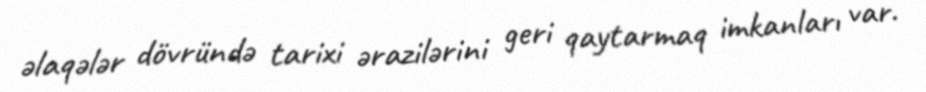
əlaqələr dövründə tarixi ərazilərini geri qaytarmaq imkanları var.